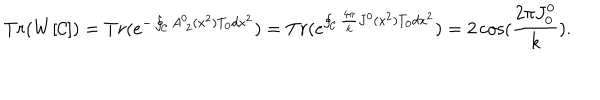
LaTeX: T r ( W [ { \cal C } ] ) = T r ( e ^ { - \oint _ { \cal C } A _ { \ 2 } ^ { 0 } ( x ^ { 2 } ) T _ { 0 } d x ^ { 2 } } ) = T r ( e ^ { \oint _ { \cal C } \frac { 4 \pi } { k } J ^ { 0 } ( x ^ { 2 } ) T _ { 0 } d x ^ { 2 } } ) = 2 \cos ( { \frac { 2 \pi J _ { 0 } ^ { 0 } } { k } } ) .